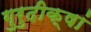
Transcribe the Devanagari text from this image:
गुरुदीक्षां